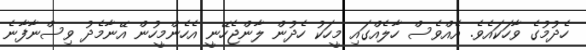
ހެދުމުގެ ވާހަކައެވެ. އެއްވެސް ހާލެއްގައި މީހަކު ހެދުން ލާންޖެހޭނީ އެހެންމީހުން އޭނާމެދު ވިސްނާފާނެ